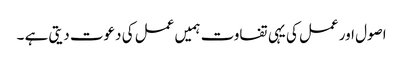
اصول اور عمل کی یہی تفاوت ہمیں عمل کی دعوت دیتی ہے ۔